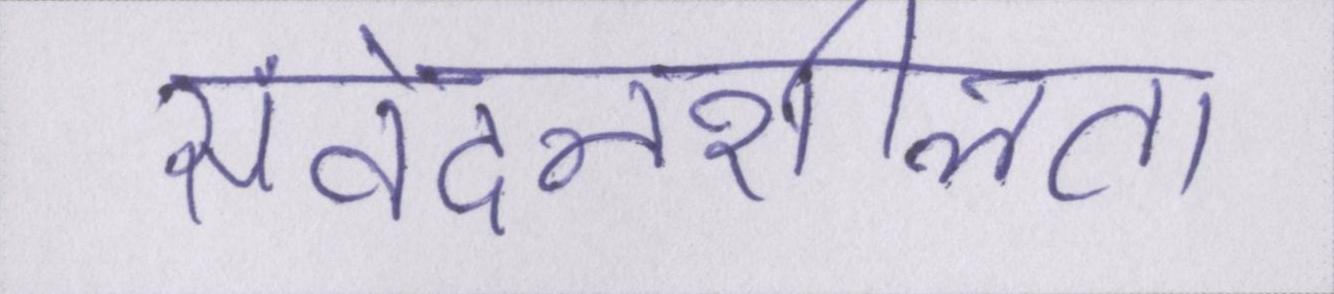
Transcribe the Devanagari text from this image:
संवेदनशीलता